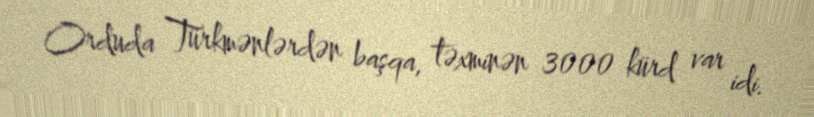
Orduda Türkmənlərdən başqa, təxminən 3000 kürd var idi.